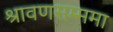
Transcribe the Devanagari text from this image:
श्रावणसम्ममा